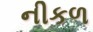
નીકળ